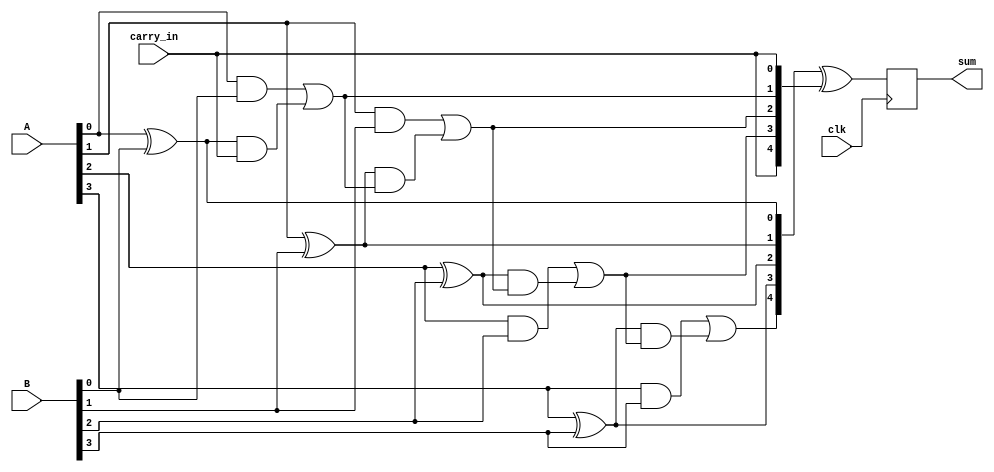
module PrecomputationCarryAdder #(parameter N = 4) (
    input wire clk,
    input wire [N-1:0] A,      // First input operand
    input wire [N-1:0] B,      // Second input operand
    input wire carry_in,        // Incoming carry
    output reg [N:0] sum        // Sum output (N bits + carry out)
);

    // Internal signals for carry generation
    wire [N:0] carry;           // Carry outputs for each bit
    wire [N-1:0] G;             // Generate signals
    wire [N-1:0] P;             // Propagate signals

    // Generate and propagate signals
    genvar i;
    generate
        for (i = 0; i < N; i = i + 1) begin : carry_logic
            assign G[i] = A[i] & B[i]; // Generate
            assign P[i] = A[i] ^ B[i]; // Propagate
        end
    endgenerate

    // Carry generation using lookahead logic
    assign carry[0] = carry_in; // Initial carry
    generate
        for (i = 0; i < N; i = i + 1) begin : carry_generation
            assign carry[i + 1] = G[i] | (P[i] & carry[i]);
        end
    endgenerate

    // Sum calculation
    always @(posedge clk) begin
        sum <= {carry[N], P} ^ {carry[N-1:0], carry[N-1:0]}; // Sum = P XOR carry
    end

endmodule